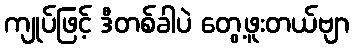
ကျုပ်ဖြင့် ဒီတစ်ခါပဲ တွေ့ဖူးတယ်ဗျာ